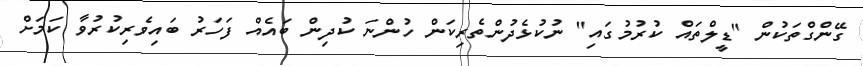
ގޭންގްތަކުން "ޑީލްތައް ކުރުމުގައި" ނުކުޅެދުންތެރިކަން ހުންނަ ކުދިން ބައެއް ފަހަރު ބައިވެރިކުރުވާ ކަމަށް